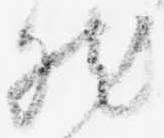
然